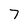
Character: 7